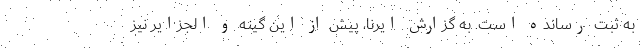
به ثبت رسانده است. به گزارش ایرنا، پیش از این گینه و الجزایر نیز